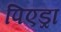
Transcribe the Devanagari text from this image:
पिएड्रा